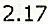
2.17